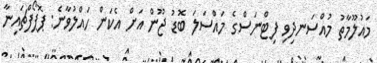
މައުލޫމާތު މުއްސަނދިވި ފިޓްނަސްގެ މައްސަލަ ބޮޑު ޖޫން އަށް އެކަން ހައްލުވާނެ: ޕޮޕޯފްޗައިނާ